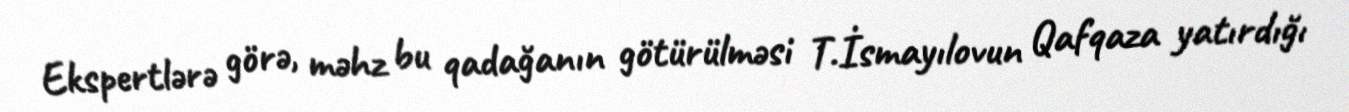
Ekspertlərə görə, məhz bu qadağanın götürülməsi T.İsmayılovun Qafqaza yatırdığı